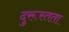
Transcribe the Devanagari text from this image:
दुरूस्तता